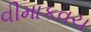
વીમાકવચ